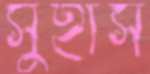
সুহাস